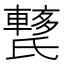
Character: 𨎱